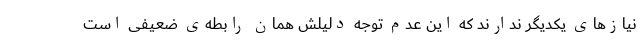
نیازهای یکدیگر ندارند که این عدم توجه دلیلش همان رابطه‌ی ضعیفی است